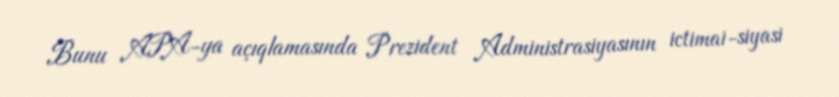
Bunu APA-ya açıqlamasında Prezident Administrasiyasının ictimai-siyasi